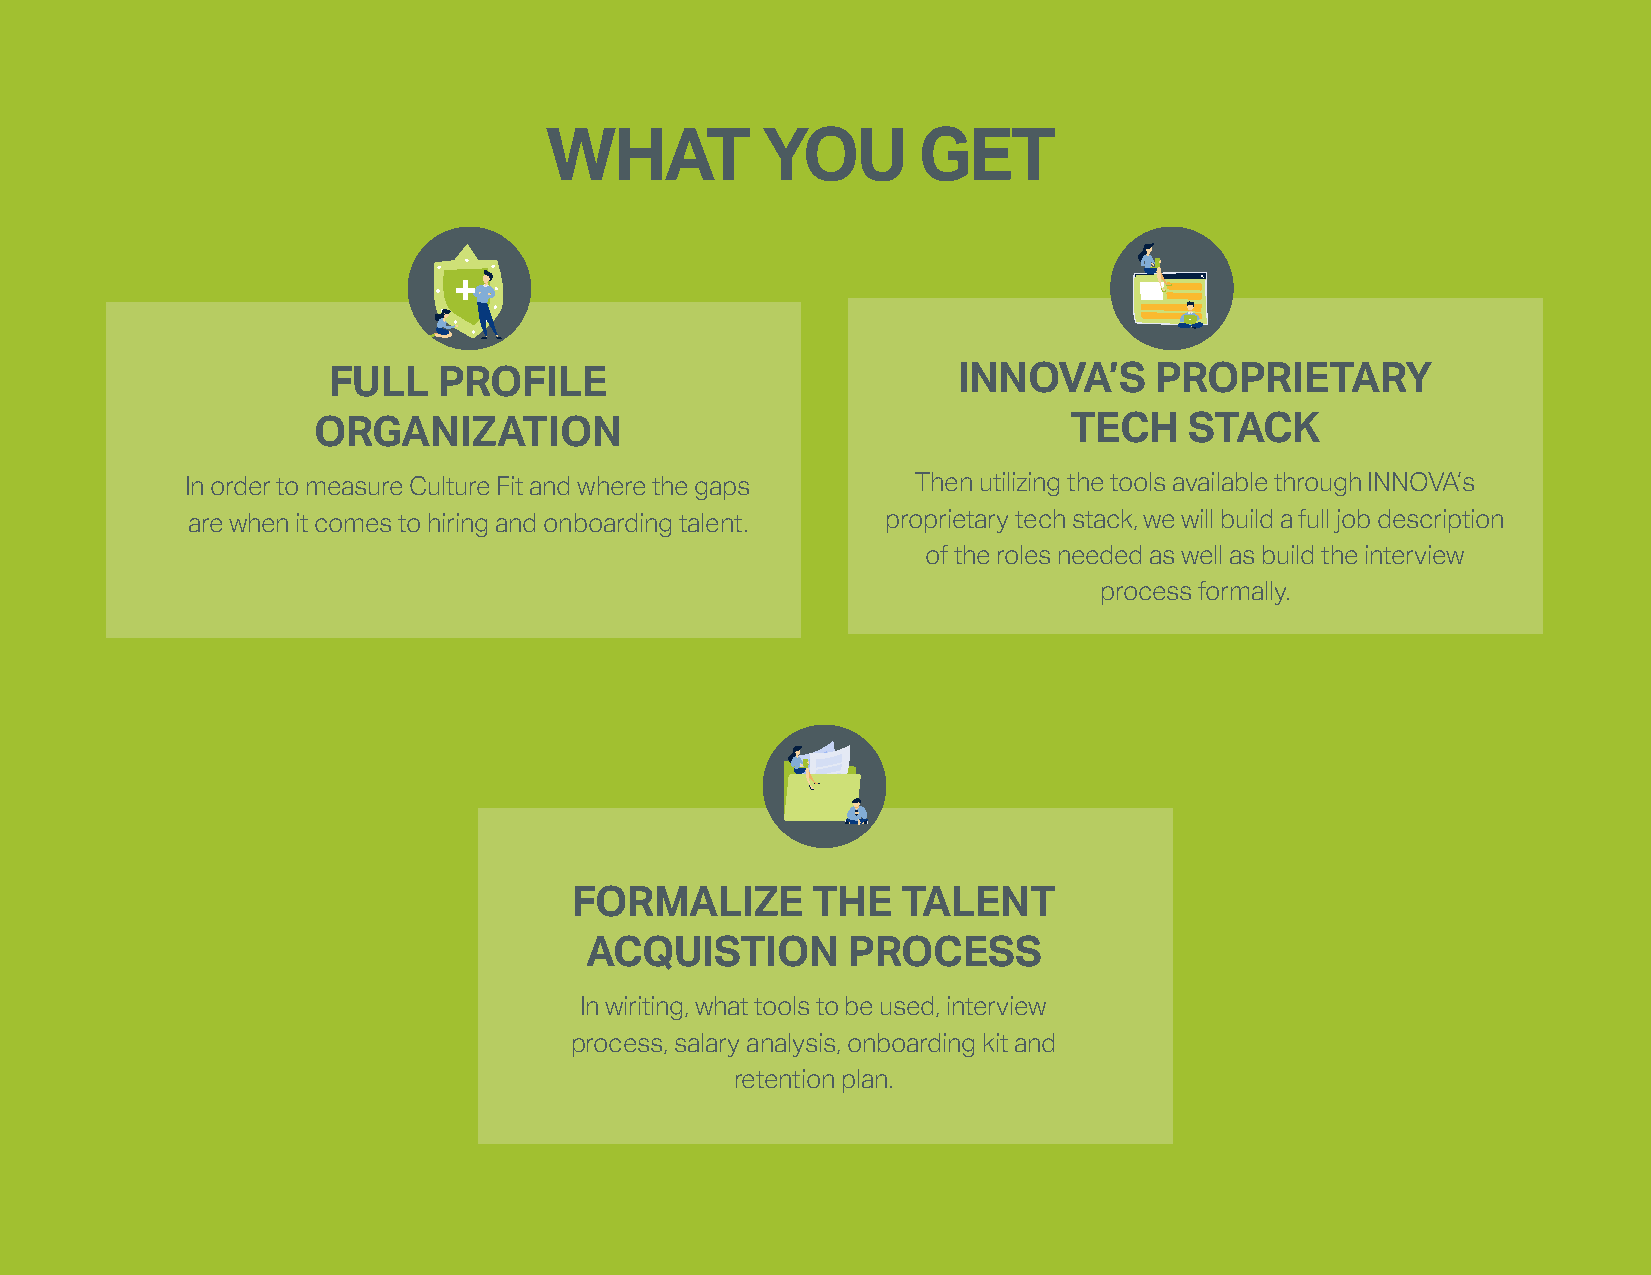
WHAT          YOU        GET
 +
 FULL   PROFILE                           INNOVA’S     PROPRIETARY
 ORGANIZATION                                      TECH    STACK
 In order to measure Culture Fit and where the gaps Then utilizing the tools available through INNOVA’s
 are when it comes to hiring and onboarding talent. proprietary tech stack, we will build a full job description
 of the roles needed as well as build the interview
 process formally.
 FORMALIZE       THE   TALENT
 ACQUISTION       PROCESS
 In wiriting, what tools to be used, interview
 process, salary analysis, onboarding kit and
 retention plan.